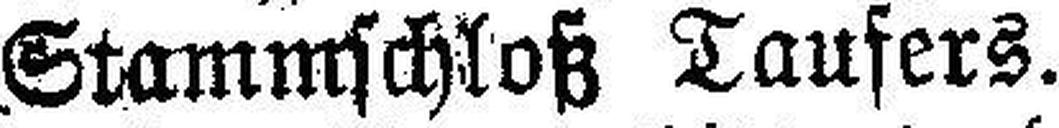
Stammschloß Taufers.